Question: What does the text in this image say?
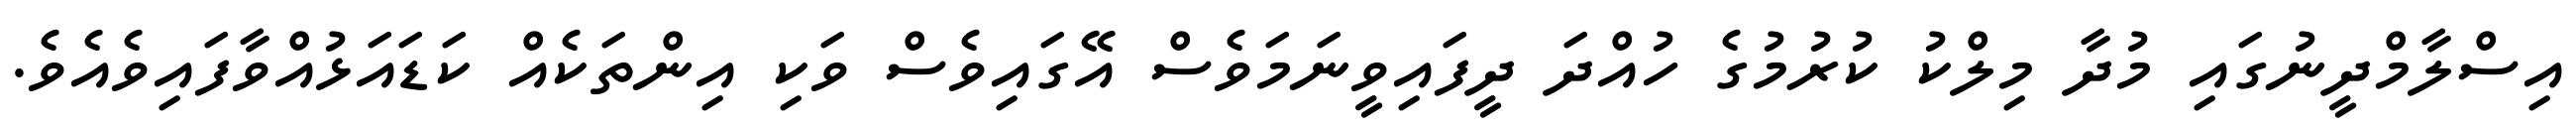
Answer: އިސްލާމްދީނުގައި މުދާ މިލްކު ކުރުމުގެ ހުއްދަ ދީފައިވީނަމަވެސް އޭގައިވެސް ވަކި އިންތަކެއް ކަޑައަޅުއްވާފައިވެއެވެ.